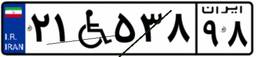
۲۱W۵۳۸۹۸